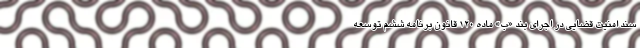
سند امنیت قضایی در اجرای بند «ب» ماده ۱۲۰ قانون برنامه ششم توسعه